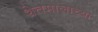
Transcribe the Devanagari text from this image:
शेतमालाच्या